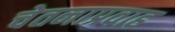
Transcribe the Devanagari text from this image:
चेतनाप्रवाह